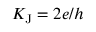
K _ { \mathrm { J } } = 2 e / h